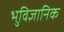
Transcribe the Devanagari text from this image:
भुविज्ञानिक